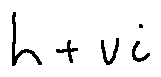
h + v i